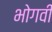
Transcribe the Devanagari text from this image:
भोगवी